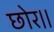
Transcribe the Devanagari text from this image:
छोर।।